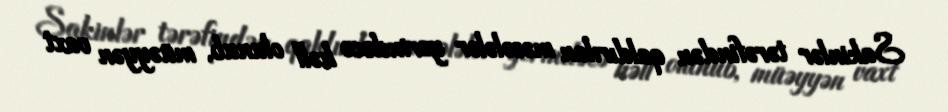
Sakinlər tərəfindən qaldırılan məsələlər yerindəcə həll olunub, müəyyən vaxt